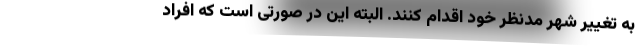
به تغییر شهر مدنظر خود اقدام کنند. البته این در صورتی است که افراد